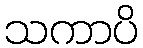
သကာပိ